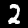
Label: 2